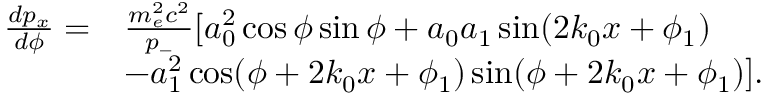
\begin{array} { r l } { \frac { d p _ { x } } { d \phi } = } & { \frac { m _ { e } ^ { 2 } c ^ { 2 } } { p _ { - } } [ a _ { 0 } ^ { 2 } \cos \phi \sin \phi + a _ { 0 } a _ { 1 } \sin ( 2 k _ { 0 } x + \phi _ { 1 } ) } \\ & { - a _ { 1 } ^ { 2 } \cos ( \phi + 2 k _ { 0 } x + \phi _ { 1 } ) \sin ( \phi + 2 k _ { 0 } x + \phi _ { 1 } ) ] . } \end{array}